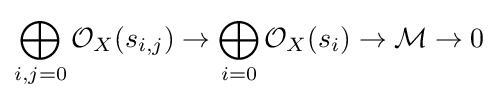
\bigoplus _{i,j=0}{\mathcal {O}}_{X}(s_{i,j})\to \bigoplus _{i=0}{\mathcal {O}}_{X}(s_{i})\to {\mathcal {M}}\to 0